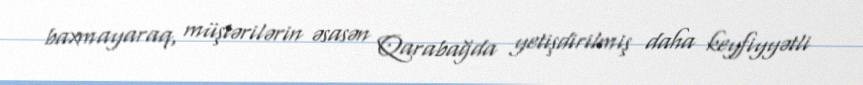
baxmayaraq, müştərilərin əsasən Qarabağda yetişdirilmiş daha keyfiyyətli